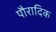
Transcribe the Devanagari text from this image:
पौरादिक